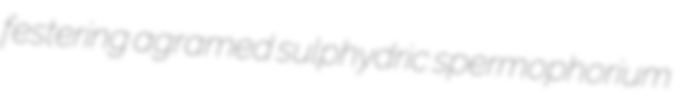
festering agramed sulphydric spermophorium